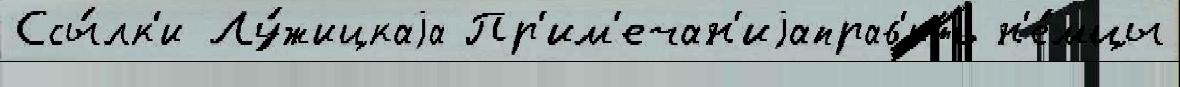
Ссы́лк'и Лу́жицкаjа Пр'им'ечан'иjаправ'ить н'е́мцы